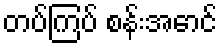
တပ်ကြပ် စန်းအောင်